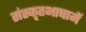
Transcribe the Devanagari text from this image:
संस्कृतभाषामें